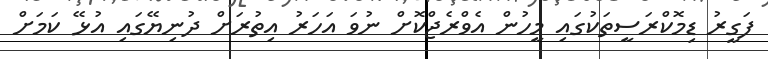
ފަގީރު ޑިމޮކްރަސީތަކުގައި މީހުން އެވްރެޖްކޮށް ނުވަ އަހަރު އިތުރަށް ދުނިޔޭގައި އުޅޭ ކަމަށް